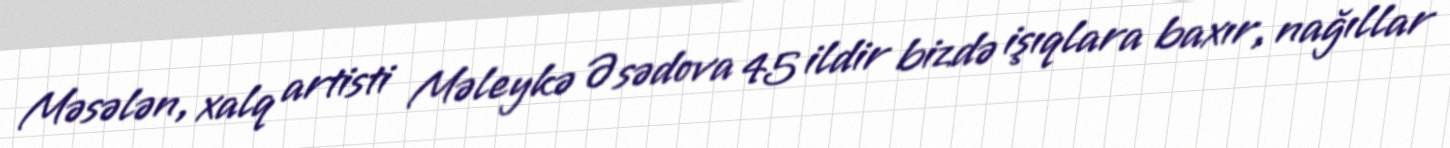
Məsələn, xalq artisti Məleykə Əsədova 45 ildir bizdə işıqlara baxır, nağıllar